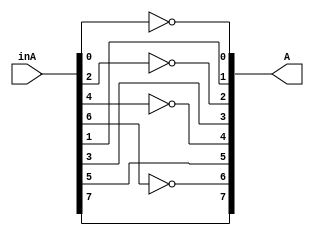
module alt_invert(inA, A
	);

	parameter n = 8;
	
	// Assigning ports as in/out
	input [n-1 : 0] inA;
	output [n-1 : 0] A;

	genvar i;
	generate
		for (i=0; i<n; i= i+1) begin: l1
			if(i%2 == 0)
				assign A[i] = ~inA[i];
			else
				assign A[i] = inA[i];
		end
	endgenerate

endmodule